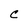
Character: C